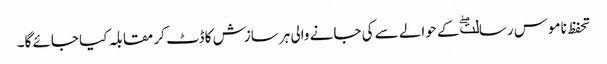
تحفظ ناموس رسالتۖ کے حوالے سے کی جانے والی ہر سازش کا ڈٹ کر مقابلہ کیا جائے گا۔